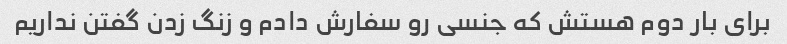
برای بار دوم هستش که جنسی رو سفارش دادم و زنگ زدن گفتن نداریم